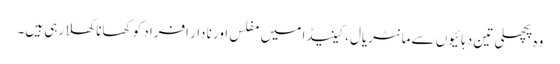
وہ پچھلی تین دہائیوں سے مانٹریال، کینیڈا میں مفلس اور نادار افراد کو کھانا کھلا رہی ہیں۔